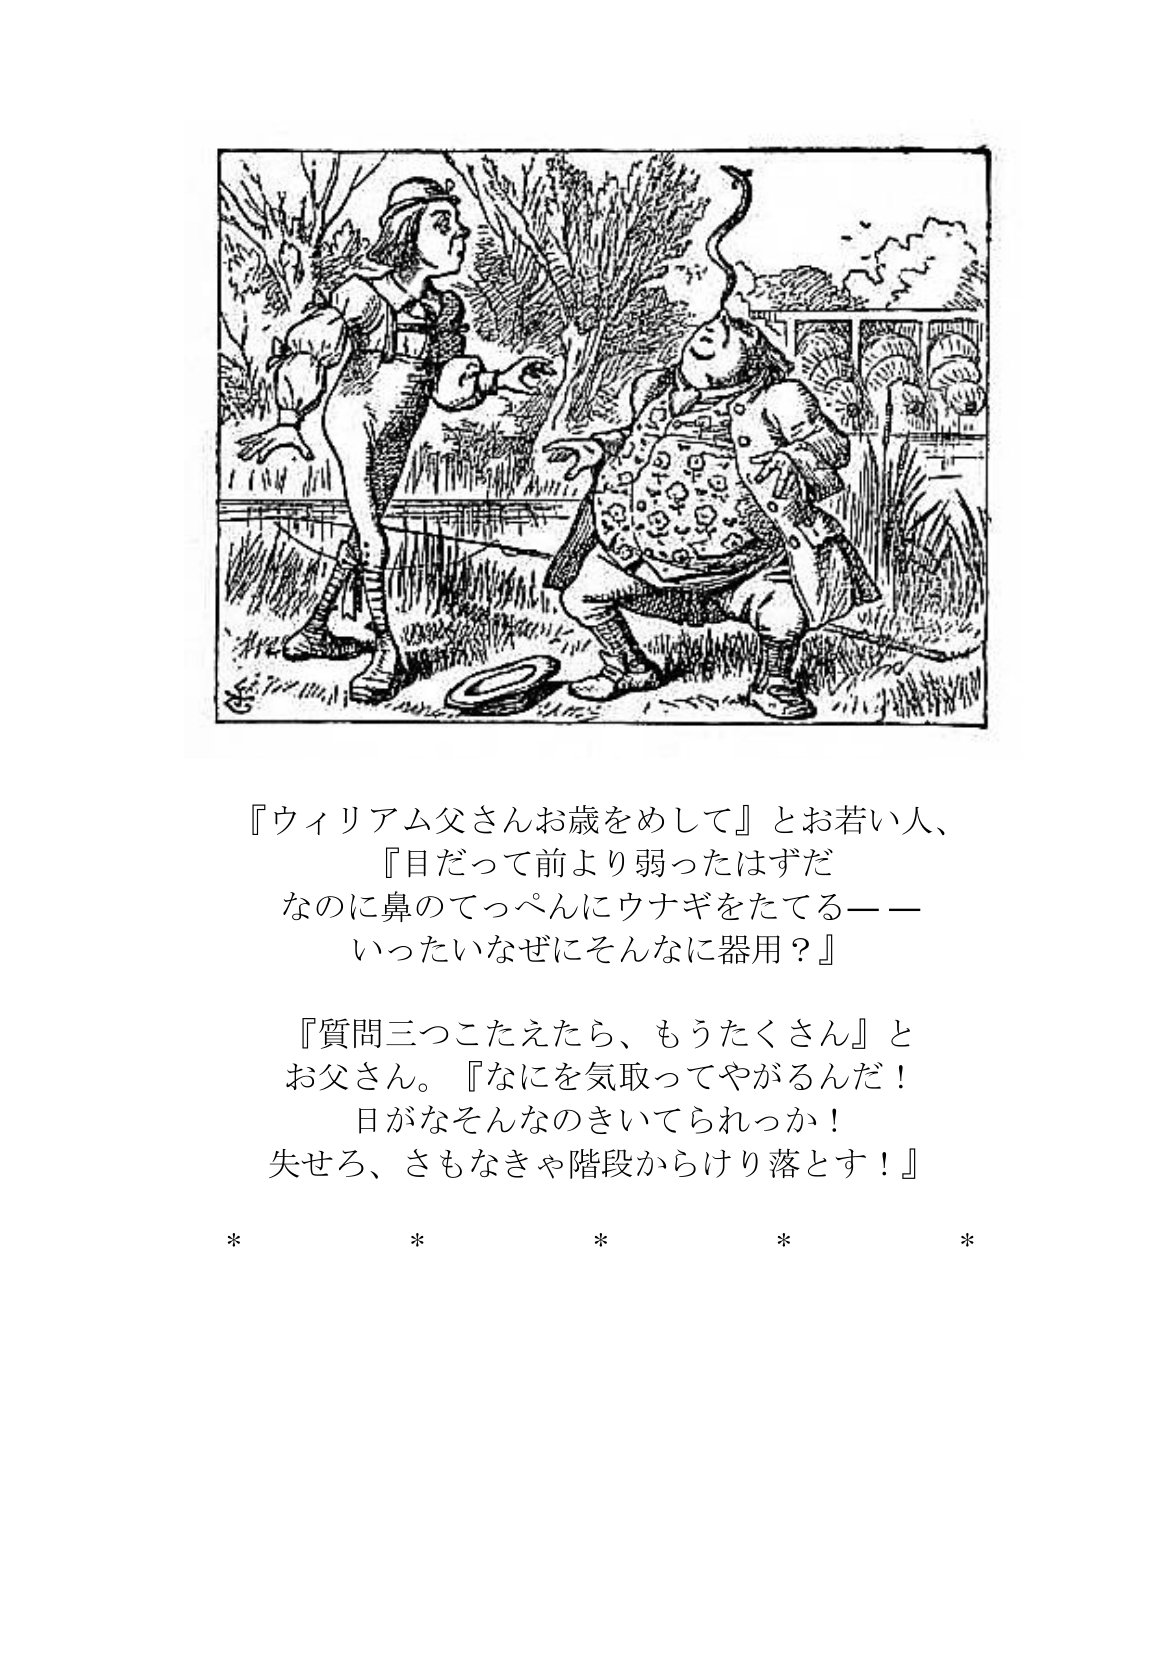
Language: ja